Lunatic asylums United Provinces 1909-1921 - 1909-1921
Year: 1909
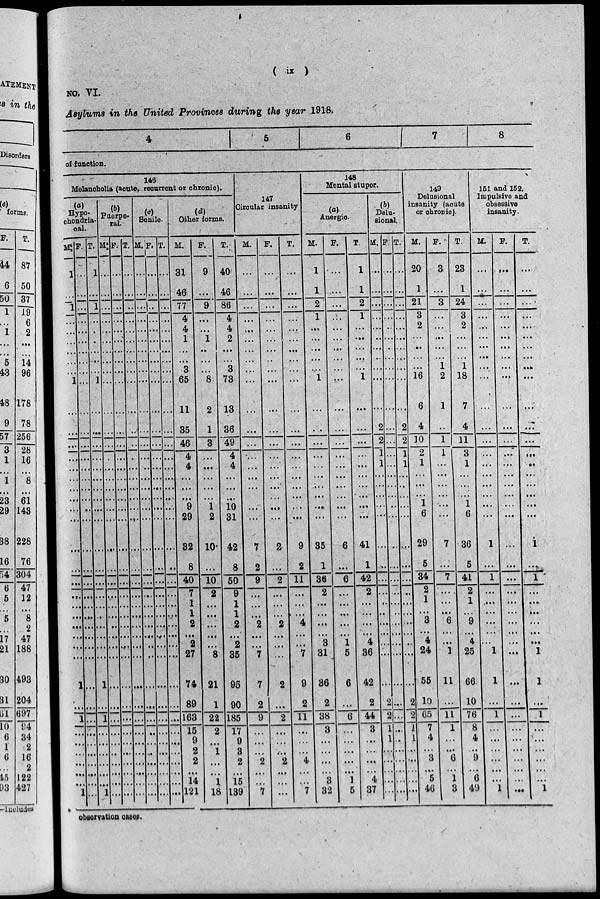
(
ix
)
NO VI.
Asylums in the United Provinces during the year 1918.
4
5
6
7
8
of function.
146
Melancholia (acute, recurrent or chronic).
(a)
Hypo-
chondria-
cal.
M
1
...
1
...
...
...
...
...
1
...
.
...
...
...
...
...
...
...
...
...
...
...
...
...
...
...
...
...
...
1
...
1
...
...
...
...
...
...
1
F.
...
...
...
...
...
...
...
...
...
...
...
...
...
...
...
...
...
..
...
...
...
...
...
...
...
...
...
...
...
...
...
...
...
...
...
...
...
...
...
T.
1
...
1
.
.
...
...
...
1
...
...
...
...
...
...
...
...
...
...
...
...
...
...
...
...
...
...
...
...
1
...
1
...
...
...
...
...
...
1
(b)
Puerpe-
ral.
M
...
...
...
...
...
...
...
...
...
...
...
...
...
...
...
...
...
...
...
...
...
...
...
...
...
...
...
...
...
...
...
...
...
...
...
...
...
...
...
F.
...
...
...
...
...
...
...
...
...
...
...
...
...
...
...
...
...
...
...
...
...
...
...
...
...
...
...
...
...
...
...
...
...
...
...
...
...
...
...
D. J
...
...
..
...
...
...
...
...
...
...
...
...
...
...
...
...
...
...
...
...
...
...
...
...
...
...
...
...
...
...
...
...
...
...
...
...
...
...
...
(c)
Senile.
M.
...
...
...
...
...
...
...
...
...
...
...
...
...
...
...
...
...
...
...
...
...
...
...
...
...
...
...
...
..
...
...
...
...
...
...
...
...
...
...
F
...
...
..
...
...
...
...
...
...
...
...
...
...
...
...
...
...
...
...
...
...
...
...
...
...
...
...
...
...
...
...
...
...
...
...
...
...
...
...
T.
...
...
...
...
...
...
...
...
...
...
...
...
...
...
...
...
...
...
...
...
...
...
...
...
...
...
...
...
...
...
...
...
...
...
...
...
...
...
...
(d)
Other forms.
M.
31
46
77
4
4
1
...
3
65
11
35
46
4
4
...
...
...
9
29
32
8
40
7
1
1
2
...
2
27
74
89
168
15
9
2
2
...
14
121
F.
9
...
9
...
...
1
...
...
8
2
1
3
...
...
...
...
...
1
2
10
...
10
2
...
...
...
...
...
8
21
1
22
2
...
1
...
...
1
18
T.
40
46
86
4
4
2
...
3
73
13
36
49
4
4
...
...
...
10
31
42
8
50
9
1
1
2
...
2
35
95
90
185
17
9
3
2
...
15
139
147
Circular insanity
M.
...
...
...
...
...
...
...
...
...
...
...
...
...
...
...
...
...
...
...
7
2
9
...
...
...
2
..
...
7
7
2
9
...
...
... 2
...
...
7
F.
...
...
...
...
...
...
..
...
...
...
...
...
...
...
...
...
...
...
2
...
2
...
...
...
2
...
...
...
2
...
2
...
...
...
2
...
...
...
T.
...
...
...
...
...
...
...
...
...
...
...
...
...
...
...
...
...
...
...
9
2
11
...
...
...
4
...
...
7
9
2
11
...
...
...
4
...
...
7
148
Mental stupor.
(a)
Anergic.
M.
1
1
2
1
...
...
...
...
1
...
...
...
...
...
...
...
...
...
...
35
1
36
2
...
...
...
...
3
31
36
2
38
3
...
...
...
...
3
32
F.
...
...
...
...
...
...
...
. . .
...
...
...
...
...
...
...
...
...
...
...
6
...
6
...
...
...
...
...
1
5
6
...
6
...
...
...
...
...
1
5
T.
1
1
2
1
...
...
...
...
1
...
...
...
...
...
...
...
...
...
...
41
1
42
2
...
...
...
...
4
36
42
2
44
3
...
...
...
...
4
37
(b)
Delu-
sional.
M.
...
...
...
...
...
...
..
...
...
...
2
2
1
1
...
...
...
...
...
...
...
...
...
..
..
...
...
...
...
...
2
2
1
1
...
...
...
...
...
F.
...
...
...
...
...
...
...
...
...
...
...
...
...
...
...
..
...
...
...
..
...
...
...
...
..
...
...
...
...
...
...
...
...
..
...
...
...
...
...
T.
...
...
...
...
...
...
...
...
...
...
2
2
1
1
...
...
...
...
...
...
...
...
...
...
...
...
...
..
...
...
2
2
1
1
...
...
...
...
...
149
Delusional
insanity (acute
or chronic).
M.
20
1
21
3
2
...
...
...
16
6
4
10
2
1
...
...
...
1
6
29
5
34
2
1
...
8
...
4
24
55
10
65
7
4
...
3
...
5
46
F.
3
...
3
...
...
...
...
1
2
1
...
1
1
...
...
...
...
...
...
7
...
7
...
...
...
6
...
...
1
11
...
11
1
...
...
6
...
1
3
T.
23
1
24
3
2
...
...
1
18
7
4
11
3
1
...
...
1
6
36
5
41
2
1
...
9
...
4
25
66
10
76
8
4
... 9
...
6
49
151 and 152.
Impulsive and
obsessive
insanity.
M.
...
...
...
...
...
...
...
...
...
...
...
...
...
...
...
...
...
...
...
1
...
1
...
...
...
...
...
...
1
1
...
1
...
...
...
...
...
...
1
F.
...
...
...
...
...
...
...
...
...
...
...
...
...
...
...
...
...
...
...
...
...
...
...
...
...
...
...
...
...
...
...
...
...
...
...
...
...
...
...
T.
...
...
...
...
...
...
...
...
...
...
...
...
...
...
...
...
...
...
...
1
...
1
...
...
...
...
...
...
1
1
...
1
...
...
...
...
...
...
1
observation cases.